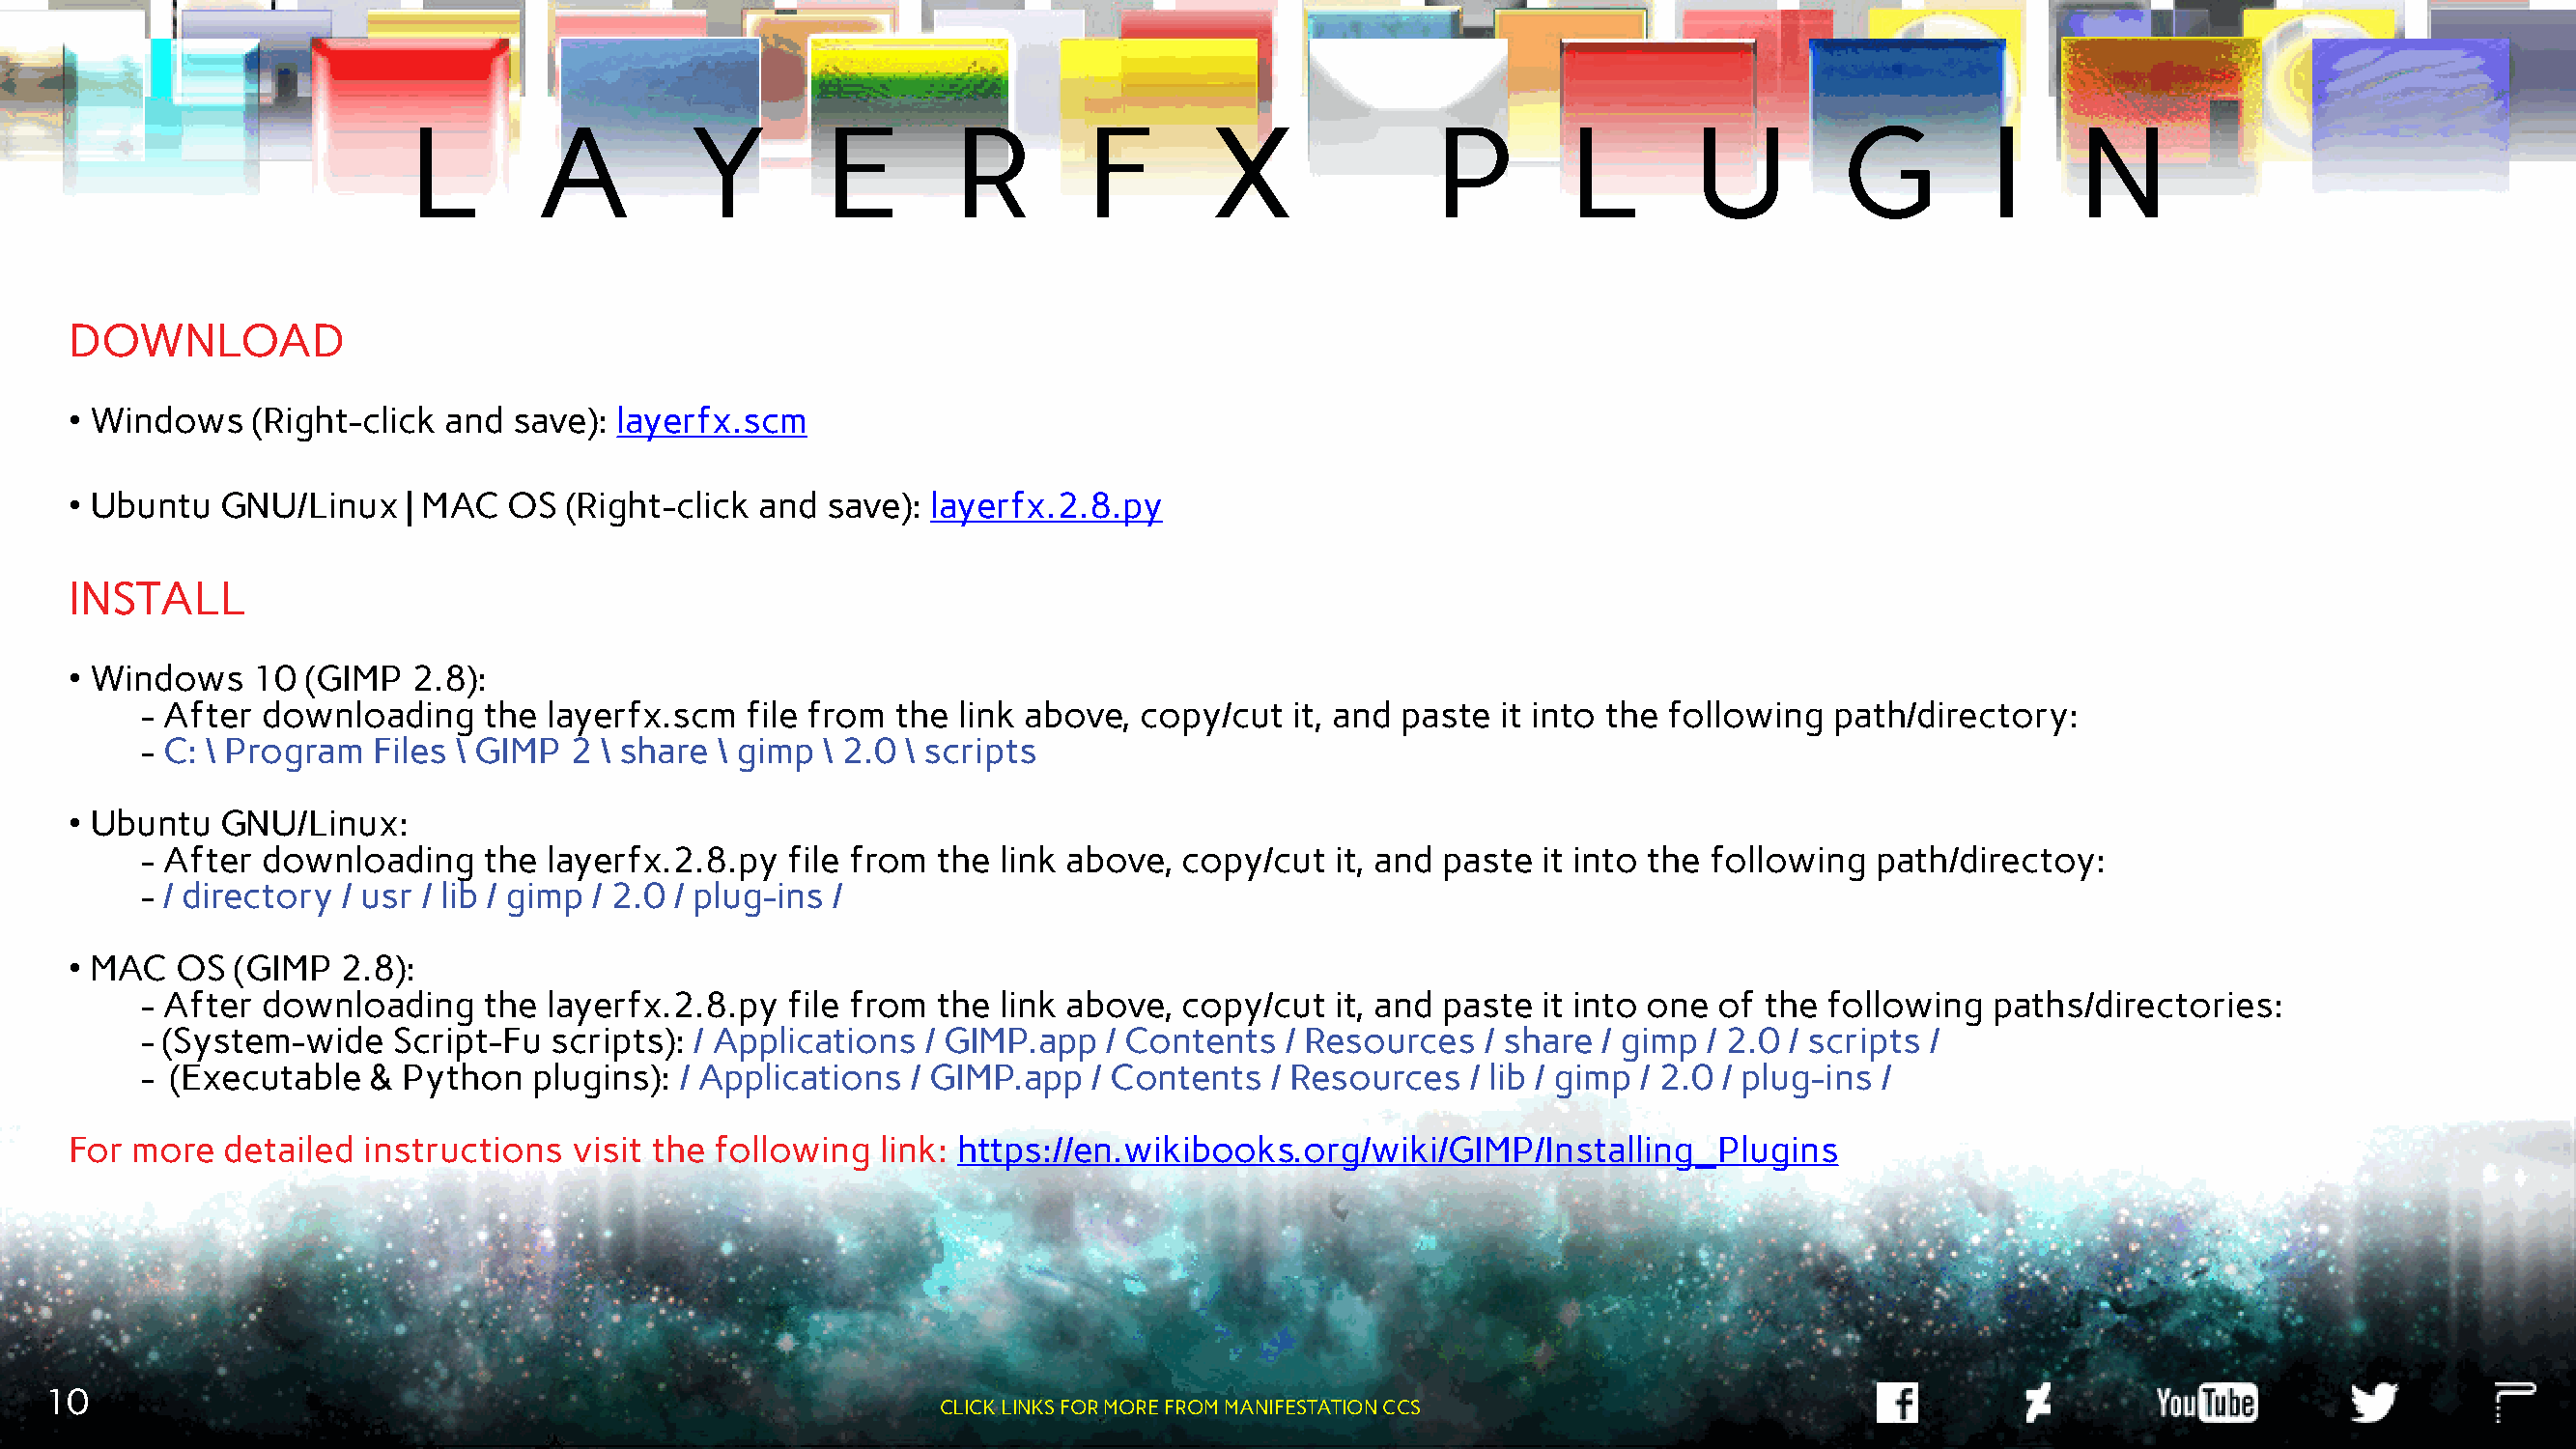
L        A         Y        E        R        F        X              P         L       U         G         I      N
 DOWNLOAD
 • Windows   (Right-click and  save): layerfx.scm
 • Ubuntu  GNU/Linux    | MAC  OS  (Right-click and  save): layerfx.2.8.py
 INSTALL
 • Windows   10  (GIMP  2.8):
 - After downloading    the layerfx.scm   file from the  link above, copy/cut   it, and paste it into the following  path/directory:
 - C: \ Program  Files \ GIMP 2 \ share \ gimp \ 2.0 \ scripts
 • Ubuntu  GNU/Linux:
 - After downloading    the layerfx.2.8.py   file from the  link above, copy/cut   it, and paste it into the following  path/directoy:
 - / directory / usr / lib / gimp / 2.0 / plug-ins /
 • MAC  OS  (GIMP  2.8):
 - After downloading    the layerfx.2.8.py   file from the  link above, copy/cut   it, and paste it into one of the following   paths/directories:
 - (System-wide   Script-Fu  scripts): / Applications / GIMP.app   / Contents  / Resources   / share / gimp / 2.0 / scripts /
 - (Executable  &  Python  plugins):  / Applications / GIMP.app   / Contents  / Resources   / lib / gimp / 2.0 / plug-ins /
 For more  detailed  instructions  visit the following  link: https://en.wikibooks.org/wiki/GIMP/Installing_Plugins
 10
 CLICK LINKS FOR MORE FROM MANIFESTATION CCS